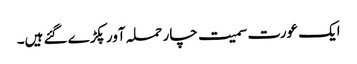
ایک عورت سمیت چار حملہ آور پکڑے گئے ہیں۔